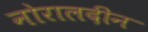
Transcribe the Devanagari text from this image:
नोरालदीन